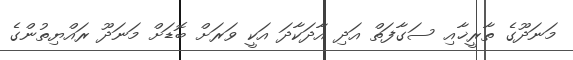
މަނަދޫގެ ތާރީޚާއި ސަގާފަތް އަދި އާދަކާދަ އަކީ ވަރަށް ބޮޑަށް މަނަދޫ ރައްޔިތުންގެ